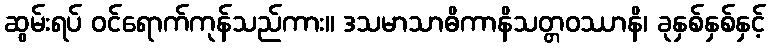
ဆွမ်းရပ် ဝင်ရောက်ကုန်သည်ကား။ ဒသမာသာဓိကာနိသတ္တဝဿာနိ၊ ခုနှစ်နှစ်နှင့်